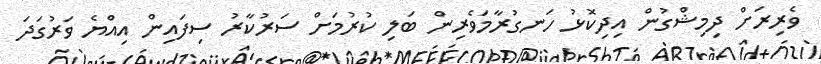
ވެރިރަށް ދިމިޝްގުން އިދިކޮޅު ހަނގުރާމަވެރިން ބަލި ކުރުމަށް ސަރުކާރު ސިފައިން އިއްޔެ ވަރުގަދަ